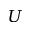
U